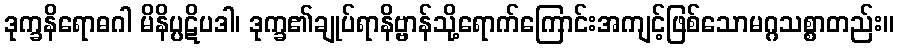
ဒုက္ခနိရောဓဂါ မိနိပ္ပဋိပဒါ၊ ဒုက္ခ၏ချုပ်ရာနိဗ္ဗာန်သို့ရောက်ကြောင်းအကျင့်ဖြစ်သောမဂ္ဂသစ္စာတည်း။